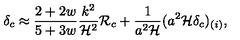
\delta _ { c } \approx { \frac { 2 + 2 w } { 5 + 3 w } } { \frac { k ^ { 2 } } { { \cal H } ^ { 2 } } } { \cal R } _ { c } + { \frac { 1 } { a ^ { 2 } { \cal H } } } ( a ^ { 2 } { \cal H } \delta _ { c } ) _ { ( i ) } ,